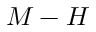
M - H